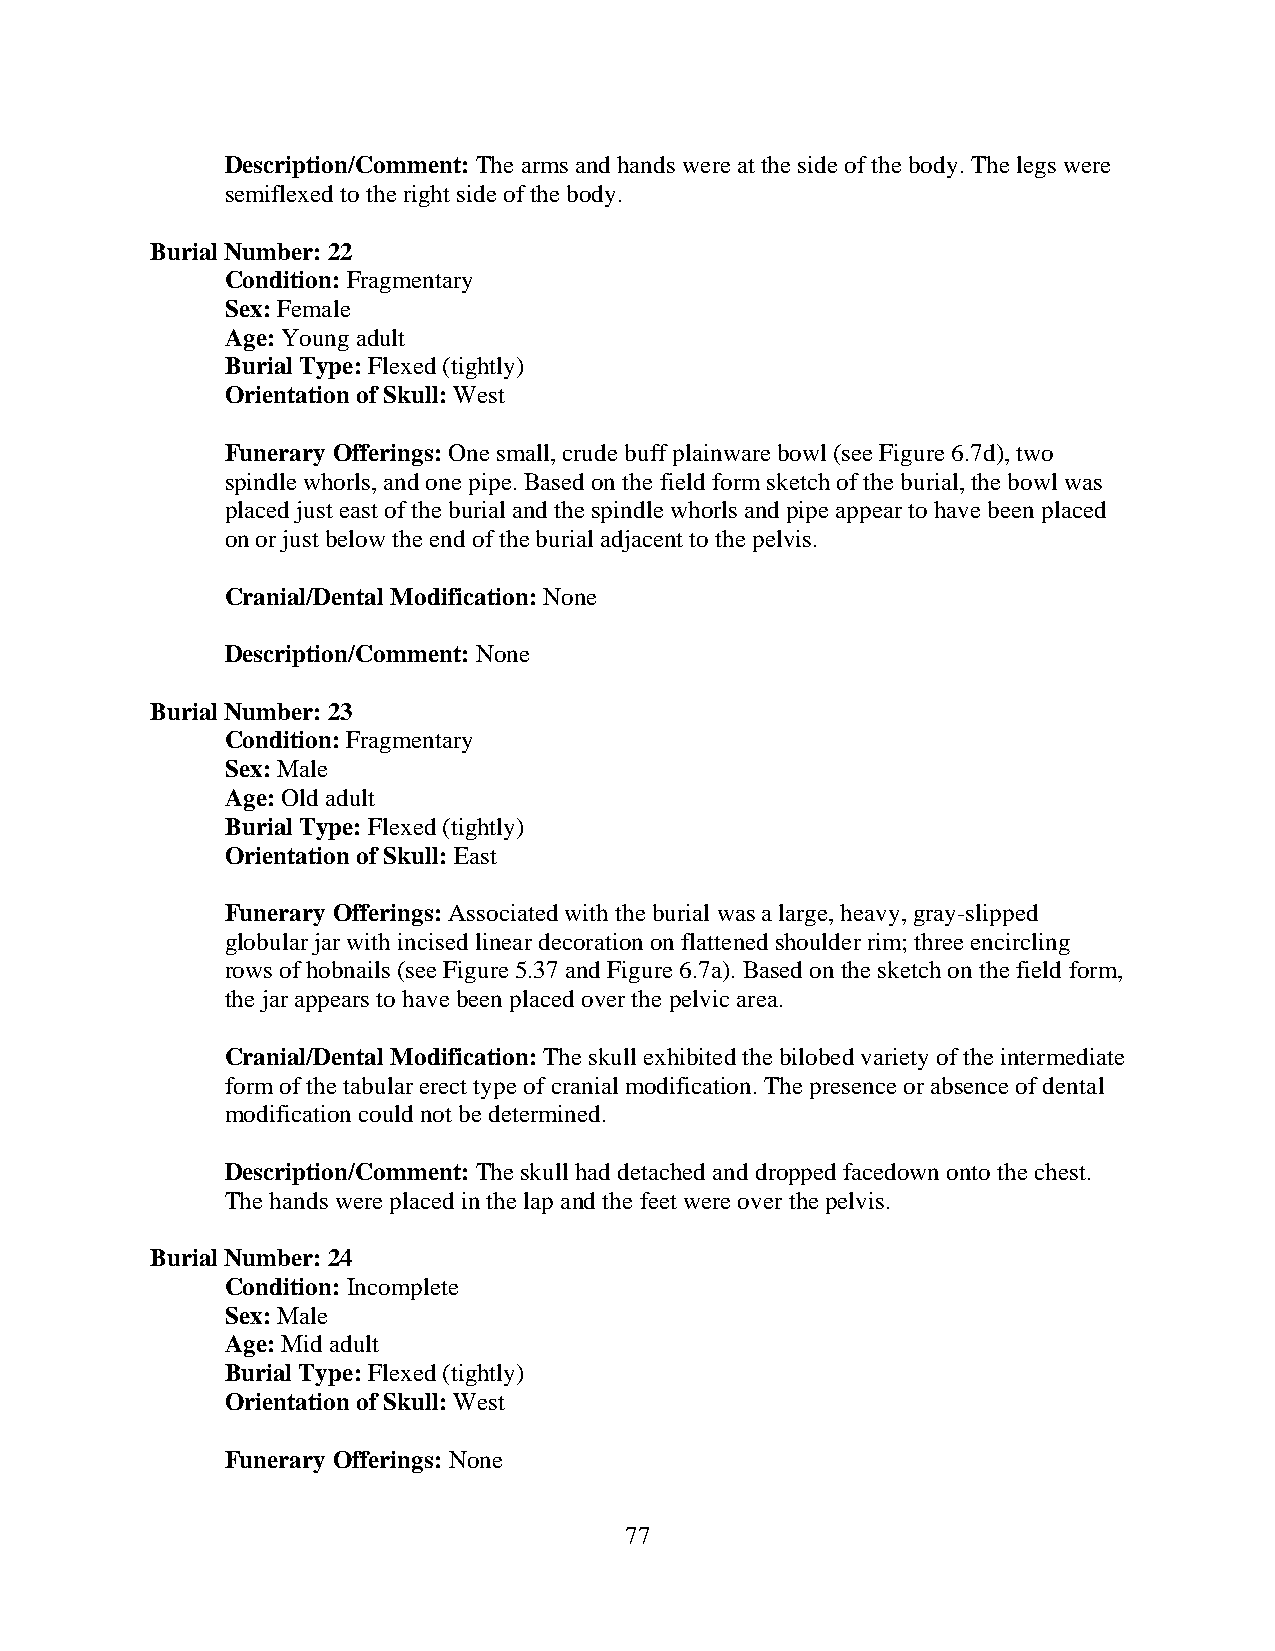
Description/Comment: The arms and hands were at the side of the body. The legs were
 semiflexed to the right side of the body.
 Burial Number: 22
 Condition: Fragmentary
 Sex: Female
 Age: Young adult
 Burial Type: Flexed (tightly)
 Orientation of Skull: West
 Funerary Offerings: One small, crude buff plainware bowl (see Figure 6.7d), two
 spindle whorls, and one pipe. Based on the field form sketch of the burial, the bowl was
 placed just east of the burial and the spindle whorls and pipe appear to have been placed
 on or just below the end of the burial adjacent to the pelvis.
 Cranial/Dental Modification: None
 Description/Comment: None
 Burial Number: 23
 Condition: Fragmentary
 Sex: Male
 Age: Old adult
 Burial Type: Flexed (tightly)
 Orientation of Skull: East
 Funerary Offerings: Associated with the burial was a large, heavy, gray-slipped
 globular jar with incised linear decoration on flattened shoulder rim; three encircling
 rows of hobnails (see Figure 5.37 and Figure 6.7a). Based on the sketch on the field form,
 the jar appears to have been placed over the pelvic area.
 Cranial/Dental Modification: The skull exhibited the bilobed variety of the intermediate
 form of the tabular erect type of cranial modification. The presence or absence of dental
 modification could not be determined.
 Description/Comment: The skull had detached and dropped facedown onto the chest.
 The hands were placed in the lap and the feet were over the pelvis.
 Burial Number: 24
 Condition: Incomplete
 Sex: Male
 Age: Mid adult
 Burial Type: Flexed (tightly)
 Orientation of Skull: West
 Funerary Offerings: None
 77